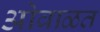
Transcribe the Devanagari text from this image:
ओवाळत